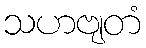
သဟဗျတံ